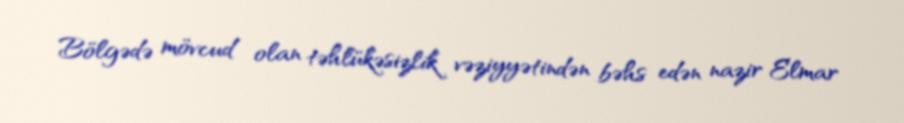
Bölgədə mövcud olan təhlükəsizlik vəziyyətindən bəhs edən nazir Elmar